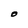
Character: O